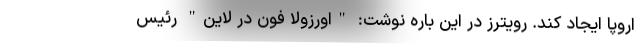
اروپا ایجاد کند. رویترز در این باره نوشت: "اورزولا فون در لاین" رئیس